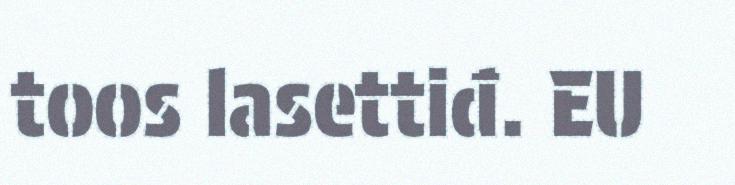
toos lasettiđ. EU